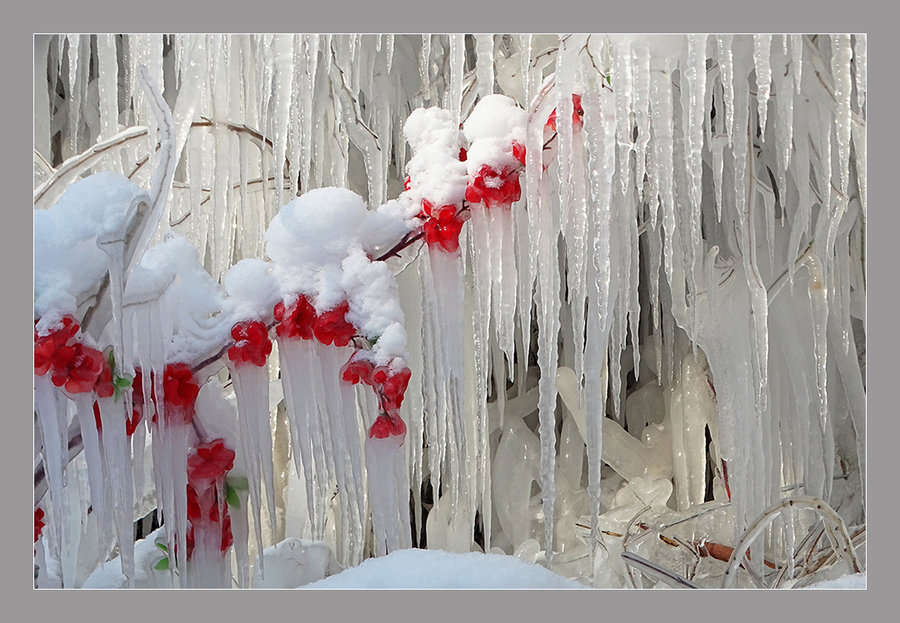
已是悬崖百丈冰，犹有花枝俏。